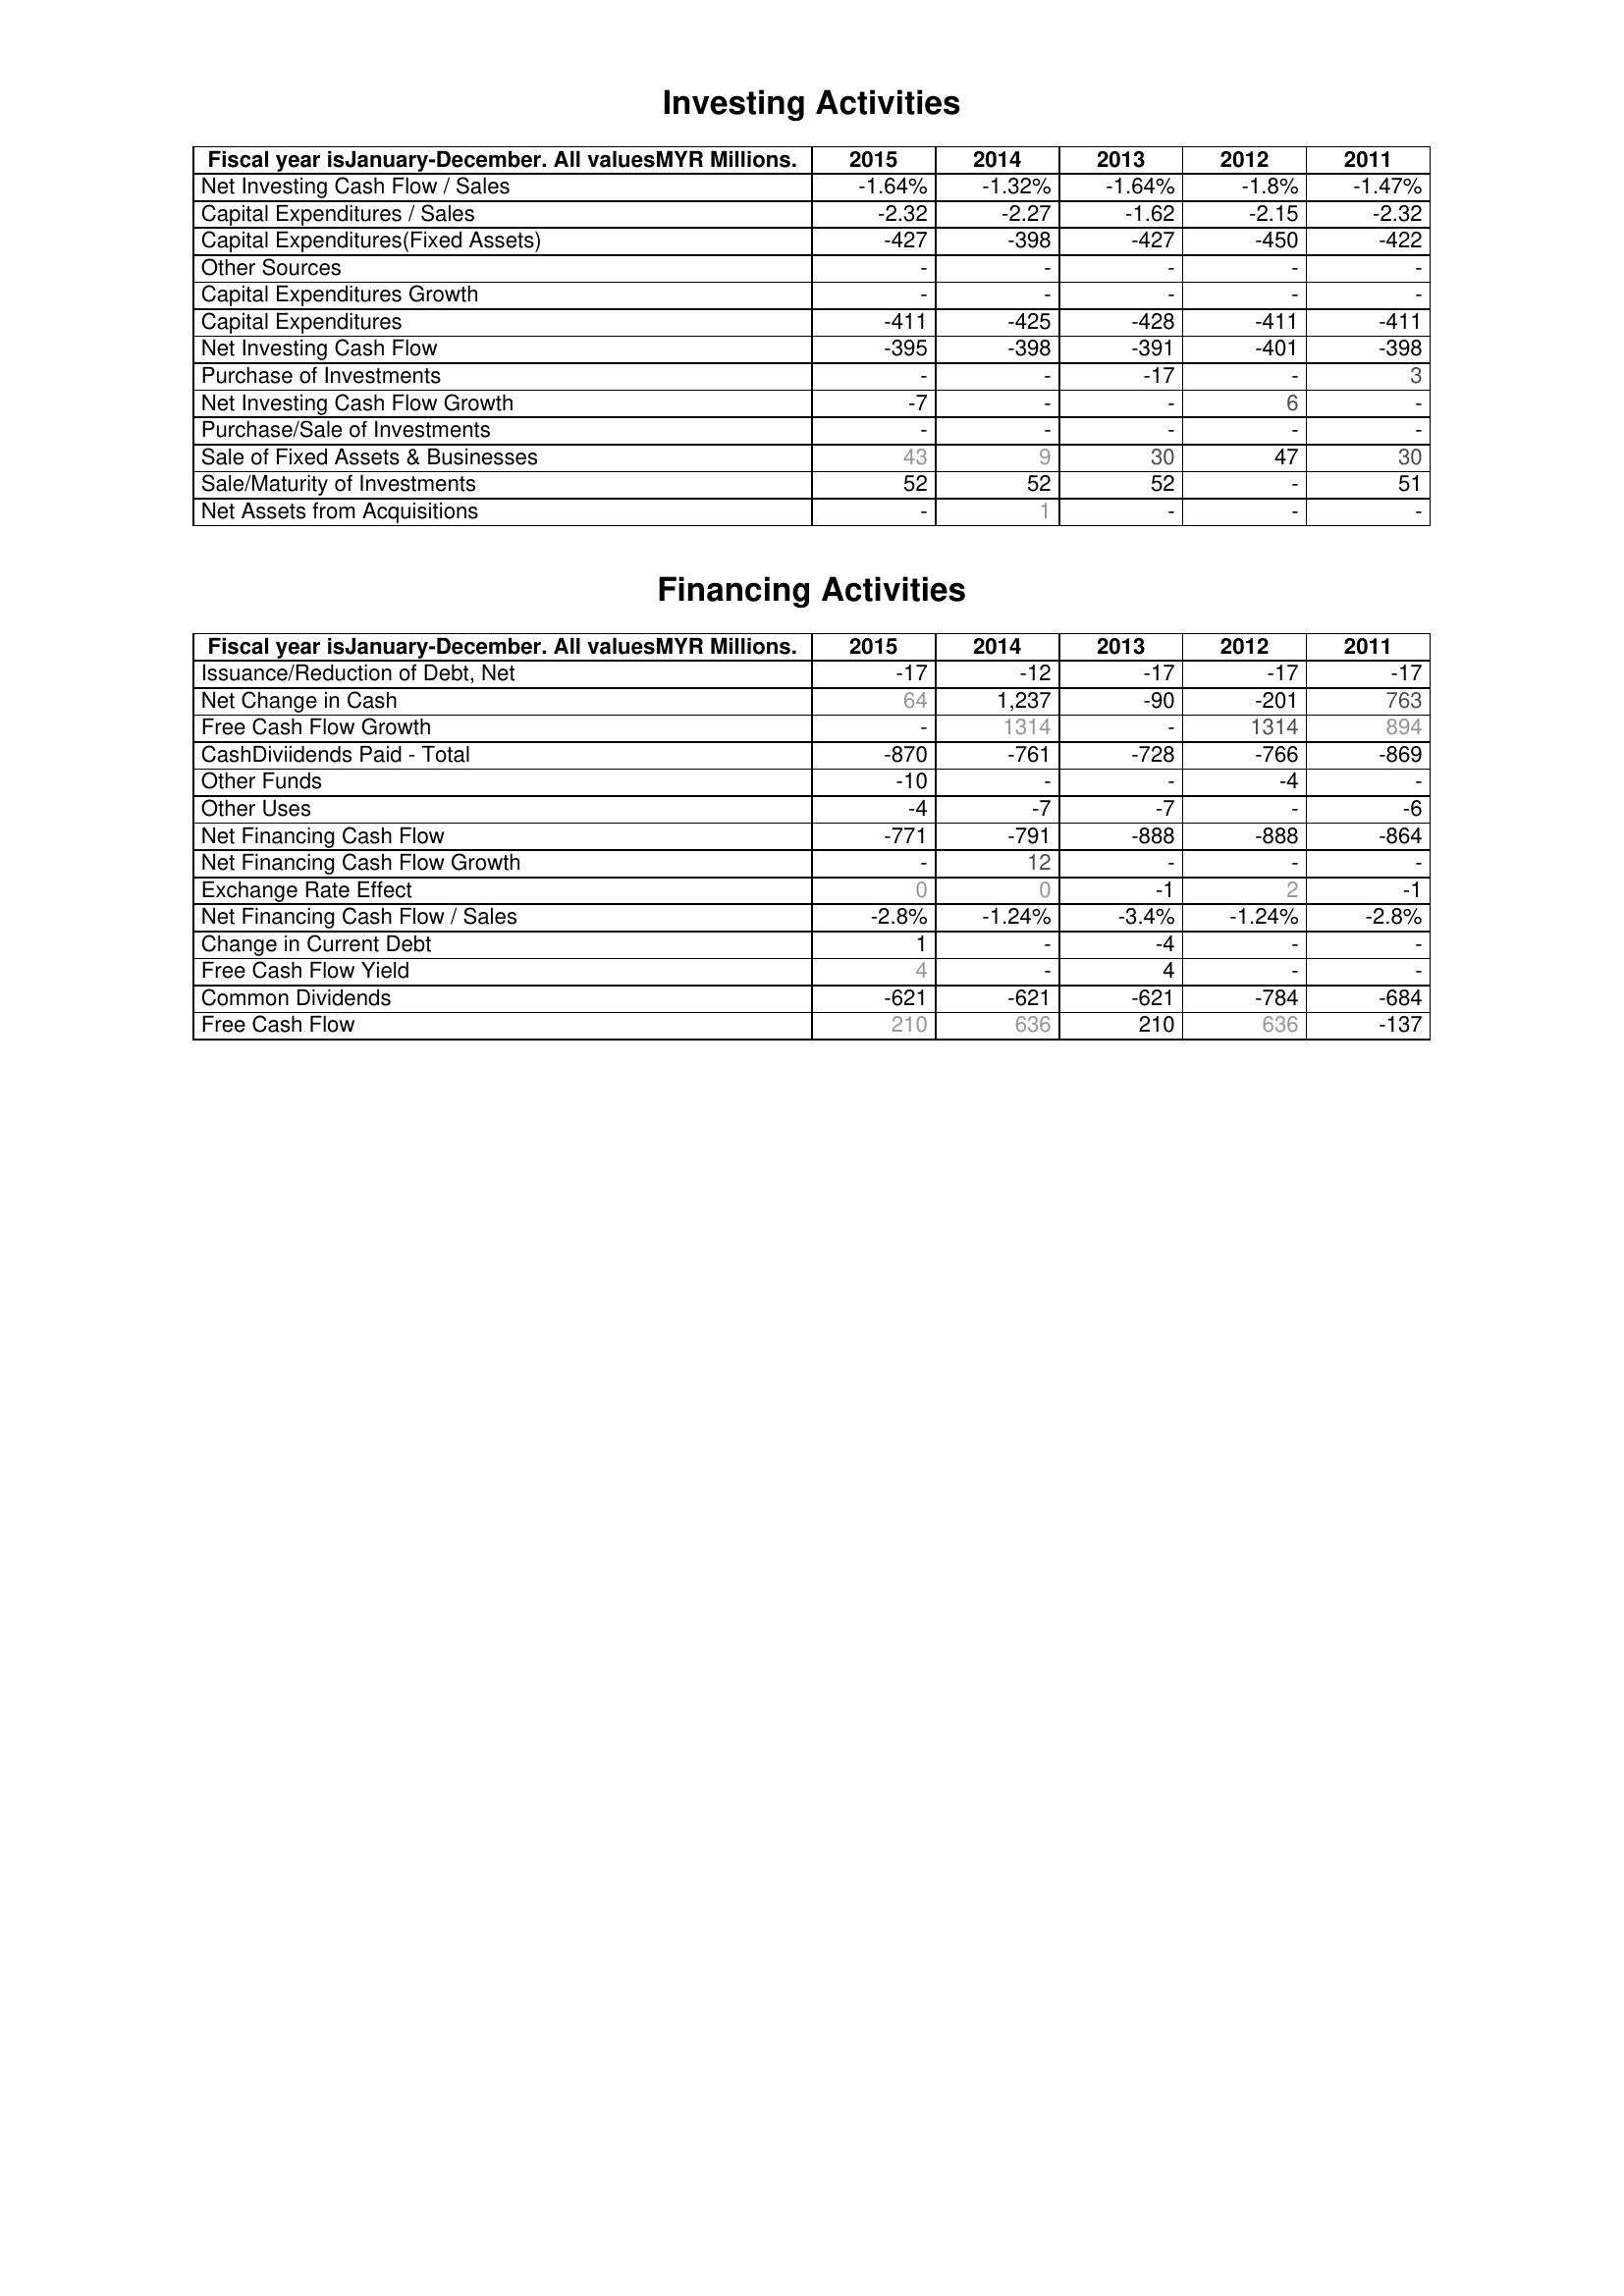
2015: Investing Activities: Net Investing Cash Flow / Sales: -1.64%
Capital Expenditures / Sales: -2.32
Capital Expenditures(Fixed Assets): -427
Other Sources: -
Capital Expenditures Growth: -
Capital Expenditures: -411
Net Investing Cash Flow: -395
Purchase of Investments: -
Net Investing Cash Flow Growth: -7
Purchase/Sale of Investments: -
Sale of Fixed Assets & Businesses: 43
Sale/Maturity of Investments: 52
Net Assets from Acquisitions: -
Financing Activities: Issuance/Reduction of Debt, Net: -17
Net Change in Cash: 64
Free Cash Flow Growth: -
CashDiviidends Paid - Total: -870
Other Funds: -10
Other Uses: -4
Net Financing Cash Flow: -771
Net Financing Cash Flow Growth: -
Exchange Rate Effect: 0
Net Financing Cash Flow / Sales: -2.8%
Change in Current Debt: 1
Free Cash Flow Yield: 4
Common Dividends: -621
Free Cash Flow: 210
2014: Investing Activities: Net Investing Cash Flow / Sales: -1.32%
Capital Expenditures / Sales: -2.27
Capital Expenditures(Fixed Assets): -398
Other Sources: -
Capital Expenditures Growth: -
Capital Expenditures: -425
Net Investing Cash Flow: -398
Purchase of Investments: -
Net Investing Cash Flow Growth: -
Purchase/Sale of Investments: -
Sale of Fixed Assets & Businesses: 9
Sale/Maturity of Investments: 52
Net Assets from Acquisitions: 1
Financing Activities: Issuance/Reduction of Debt, Net: -12
Net Change in Cash: 1,237
Free Cash Flow Growth: 1314
CashDiviidends Paid - Total: -761
Other Funds: -
Other Uses: -7
Net Financing Cash Flow: -791
Net Financing Cash Flow Growth: 12
Exchange Rate Effect: 0
Net Financing Cash Flow / Sales: -1.24%
Change in Current Debt: -
Free Cash Flow Yield: -
Common Dividends: -621
Free Cash Flow: 636
2013: Investing Activities: Net Investing Cash Flow / Sales: -1.64%
Capital Expenditures / Sales: -1.62
Capital Expenditures(Fixed Assets): -427
Other Sources: -
Capital Expenditures Growth: -
Capital Expenditures: -428
Net Investing Cash Flow: -391
Purchase of Investments: -17
Net Investing Cash Flow Growth: -
Purchase/Sale of Investments: -
Sale of Fixed Assets & Businesses: 30
Sale/Maturity of Investments: 52
Net Assets from Acquisitions: -
Financing Activities: Issuance/Reduction of Debt, Net: -17
Net Change in Cash: -90
Free Cash Flow Growth: -
CashDiviidends Paid - Total: -728
Other Funds: -
Other Uses: -7
Net Financing Cash Flow: -888
Net Financing Cash Flow Growth: -
Exchange Rate Effect: -1
Net Financing Cash Flow / Sales: -3.4%
Change in Current Debt: -4
Free Cash Flow Yield: 4
Common Dividends: -621
Free Cash Flow: 210
2012: Investing Activities: Net Investing Cash Flow / Sales: -1.8%
Capital Expenditures / Sales: -2.15
Capital Expenditures(Fixed Assets): -450
Other Sources: -
Capital Expenditures Growth: -
Capital Expenditures: -411
Net Investing Cash Flow: -401
Purchase of Investments: -
Net Investing Cash Flow Growth: 6
Purchase/Sale of Investments: -
Sale of Fixed Assets & Businesses: 47
Sale/Maturity of Investments: -
Net Assets from Acquisitions: -
Financing Activities: Issuance/Reduction of Debt, Net: -17
Net Change in Cash: -201
Free Cash Flow Growth: 1314
CashDiviidends Paid - Total: -766
Other Funds: -4
Other Uses: -
Net Financing Cash Flow: -888
Net Financing Cash Flow Growth: -
Exchange Rate Effect: 2
Net Financing Cash Flow / Sales: -1.24%
Change in Current Debt: -
Free Cash Flow Yield: -
Common Dividends: -784
Free Cash Flow: 636
2011: Investing Activities: Net Investing Cash Flow / Sales: -1.47%
Capital Expenditures / Sales: -2.32
Capital Expenditures(Fixed Assets): -422
Other Sources: -
Capital Expenditures Growth: -
Capital Expenditures: -411
Net Investing Cash Flow: -398
Purchase of Investments: 3
Net Investing Cash Flow Growth: -
Purchase/Sale of Investments: -
Sale of Fixed Assets & Businesses: 30
Sale/Maturity of Investments: 51
Net Assets from Acquisitions: -
Financing Activities: Issuance/Reduction of Debt, Net: -17
Net Change in Cash: 763
Free Cash Flow Growth: 894
CashDiviidends Paid - Total: -869
Other Funds: -
Other Uses: -6
Net Financing Cash Flow: -864
Net Financing Cash Flow Growth: -
Exchange Rate Effect: -1
Net Financing Cash Flow / Sales: -2.8%
Change in Current Debt: -
Free Cash Flow Yield: -
Common Dividends: -684
Free Cash Flow: -137